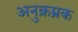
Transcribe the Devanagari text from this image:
अनुक्रम्रक